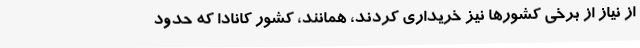
از نیاز از برخی کشورها نیز خریداری کردند، همانند، کشور کانادا که حدود